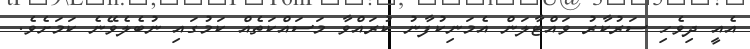
އެއީ ދިވެހި ސަރުކާރު ވައްޓާލަން އެމަނިކުފާނު ކުރައްވާ މަސައްކަތެއް ކަމުގައި ނުބެލެވޭނެ ކަމަށެވެ.